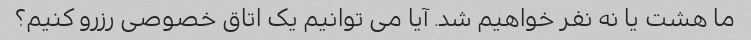
ما هشت یا نه نفر خواهیم شد. آیا می توانیم یک اتاق خصوصی رزرو کنیم؟